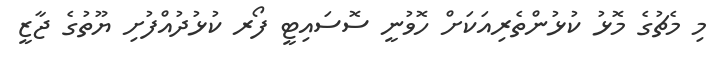
މި މެޗުގެ މޮޅު ކުޅުންތެރިއަކަށް ހޮވުނީ ސޮސައިޓީ ފޯރ ކުޅުދުއްފުށި ޔޫތުގެ ޖާޒީ